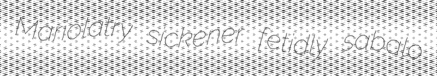
Mariolatry sickener fetidly sabalo